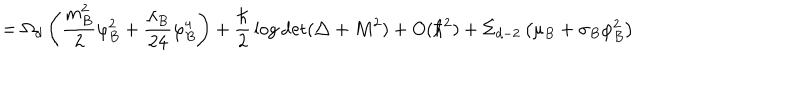
= \Omega _ { d } \left( { \frac { m _ { B } ^ { 2 } } { 2 } } \varphi _ { B } ^ { 2 } + { \frac { \lambda _ { B } } { 2 4 } } \varphi _ { B } ^ { 4 } \right) + { \frac { \hbar } { 2 } } \log \det ( \triangle + M ^ { 2 } ) + O ( \hbar ^ { 2 } ) + \Sigma _ { d - 2 } \left( \mu _ { B } + \sigma _ { B } \varphi _ { B } ^ { 2 } \right)